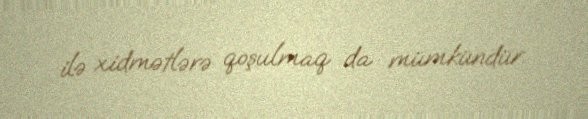
ilə xidmətlərə qoşulmaq da mümkündür.